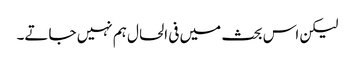
لیکن اس بحث میں فی الحال ہم نہیں جاتے۔